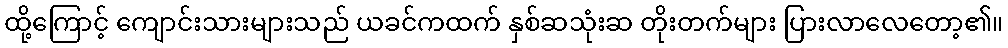
ထို့ကြောင့် ကျောင်းသားများသည် ယခင်ကထက် နှစ်ဆသုံးဆ တိုးတက်များ ပြားလာလေတော့၏။